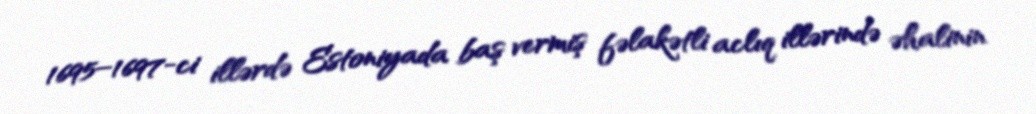
1695–1697-ci illərdə Estoniyada baş vermiş fəlakətli aclıq illərində əhalinin